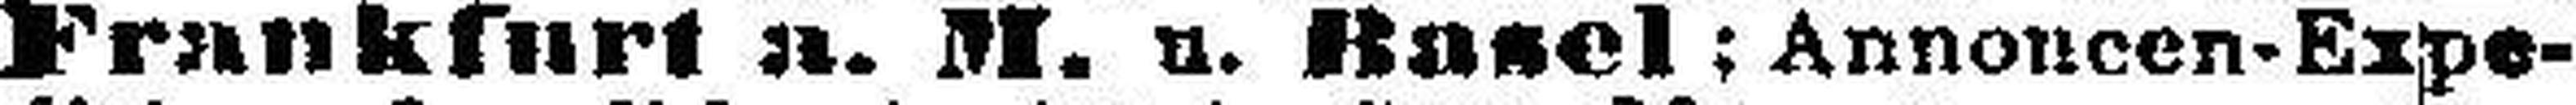
Frankfurt a. M. u. Basel; Annoncen-Expe¬